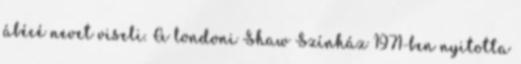
ábécé nevet viseli. A londoni Shaw Színház 1971-ben nyitotta